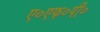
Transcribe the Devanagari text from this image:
ए०एफ०पी०